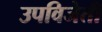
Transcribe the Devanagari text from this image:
उपविजेती